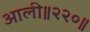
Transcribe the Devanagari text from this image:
आली॥२२०॥